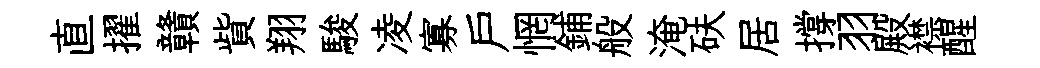
直擢贛貲翔駿凌寡户惘鋪般淹砆居撐羽殿襟醒